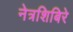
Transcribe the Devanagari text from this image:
नेत्रशिबिरे